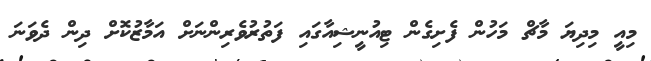
މިއީ މިދިޔަ މާޗް މަހުން ފެށިގެން ޓިއުނީޝިއާގައި ފަތުރުވެރިންނަށް އަމާޒުކޮށް ދިން ދެވަނަ